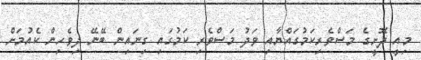
މިއީ ދޮށީގެ މަސްވެރިކަމުގައްޔާއި ވަދު މަސްވެރި ކަމުގައި ގިނައިން ބޭނޭ ދިވެހިން ކެއުމަށް